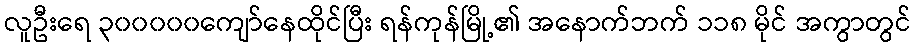
လူဦးရေ ၃၀၀၀၀၀ကျော်နေထိုင်ပြီး ရန်ကုန်မြို့၏ အနောက်ဘက် ၁၁၈ မိုင် အကွာတွင်